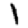
Digit: 1